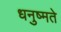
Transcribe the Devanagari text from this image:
धनुष्मते